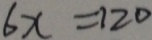
6 x = 1 2 0